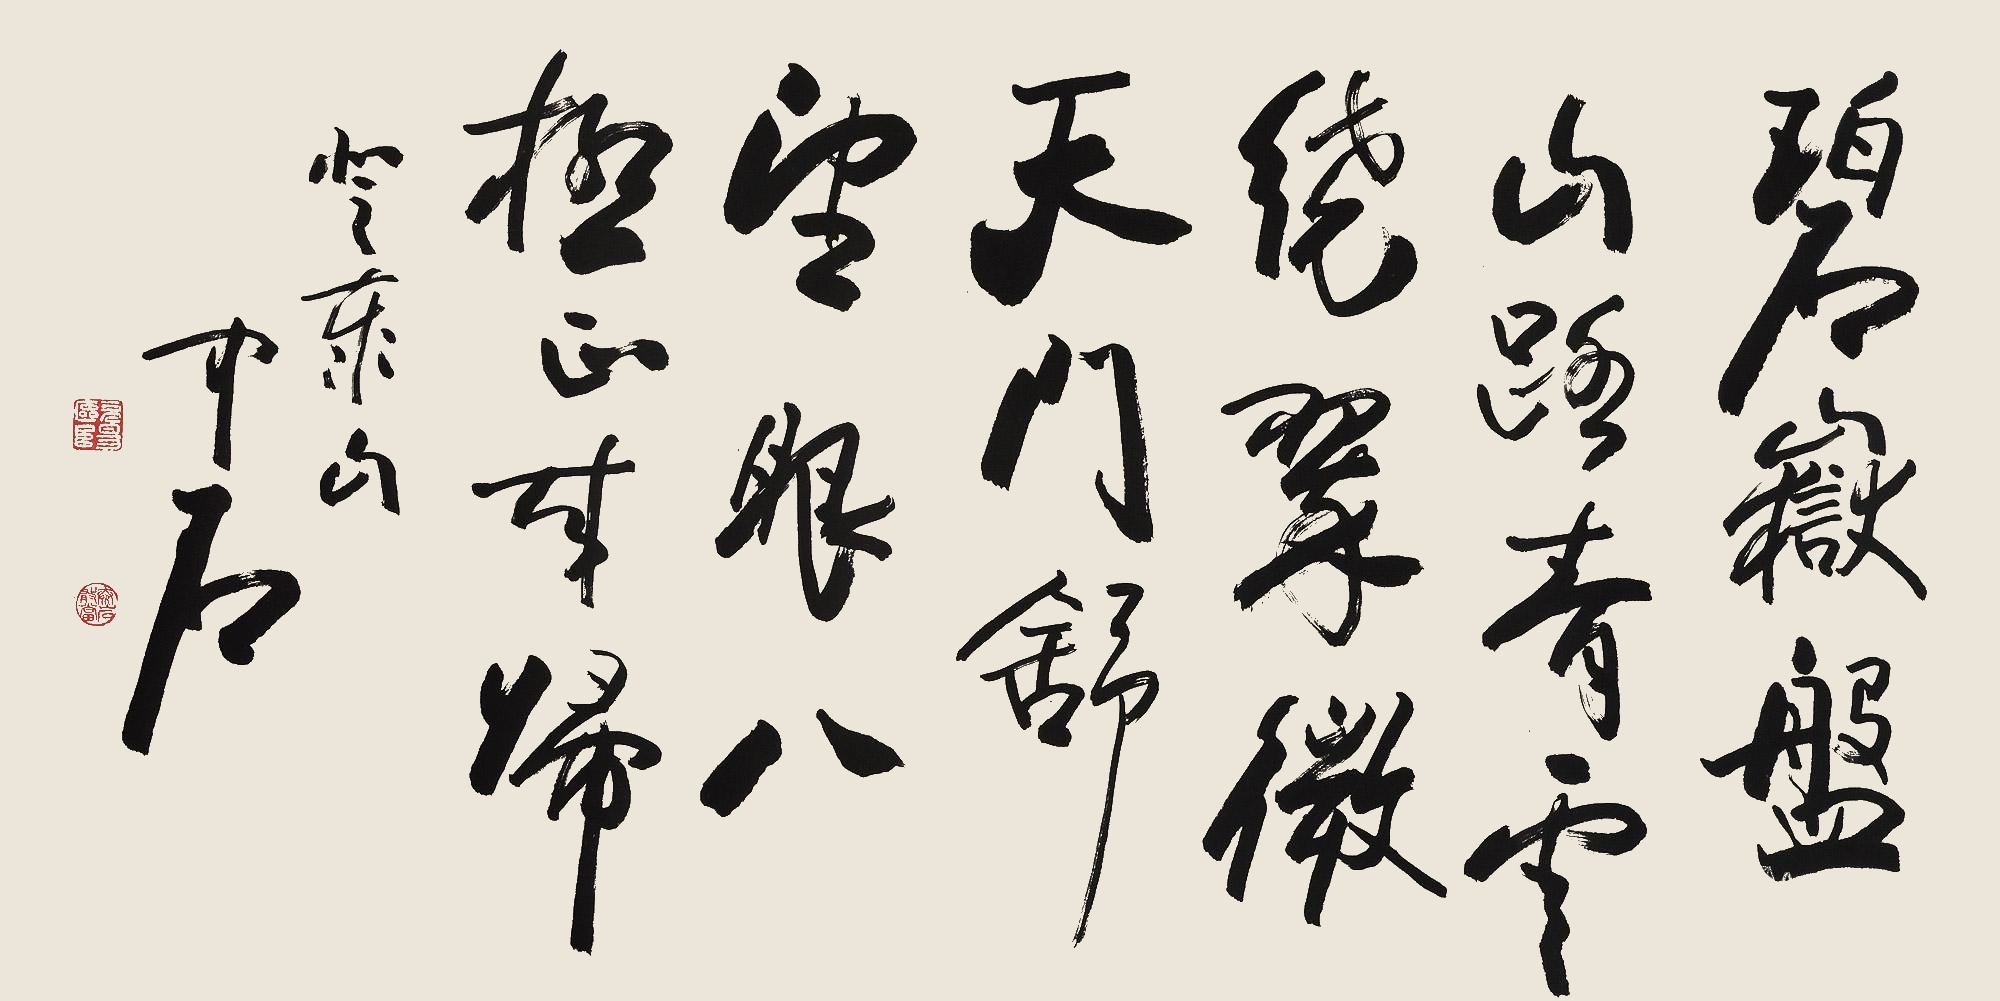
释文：碧岳盘山路，青云绕翠微。天门舒望眼，八极正来归。《登泰山》。中石。